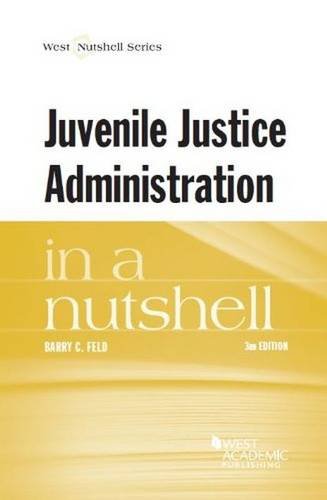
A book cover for Juvenile Justice Administration in a Nutshell; Barry Feld; Law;